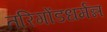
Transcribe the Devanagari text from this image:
तरिगोंडधर्मन्न